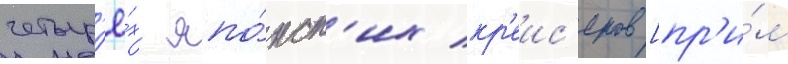
четыр'ё́х япо́нск'их кр'еис'еров [пр'и́м